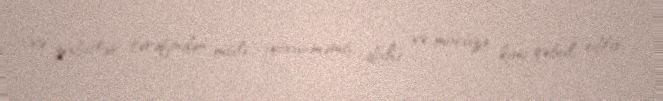
və zabitlər tərəfindən misli görünməmiş dahi və möcüzə kimi qəbul edilir,